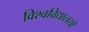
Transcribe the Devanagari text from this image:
विश्‍वविद्यालयों